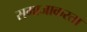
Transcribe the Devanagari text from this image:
समाजाकरता